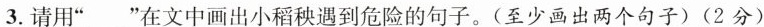
3.请用”___”在文中画出小稻秧遇到危险的句子。(至少画出两个句子)(2分)